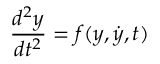
{ \frac { d ^ { 2 } y } { d t ^ { 2 } } } = f ( y , { \dot { y } } , t )